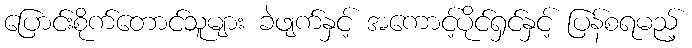
ပြောင်းစိုက်တောင်သူများ ခဲဖျက်နှင့် အကောင့်ပိုင်ရှင်နှင့် ပြန်စရမည့်